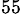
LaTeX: ^{55}